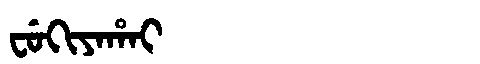
Manchu: ᠸᡠᡴᡳᠶᠠᡥᠠᡳ
Romanization: FUKIYAHAI